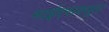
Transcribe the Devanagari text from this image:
माईएसक्यूल